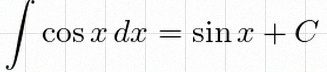
\int \cos x\,dx=\sin x+C